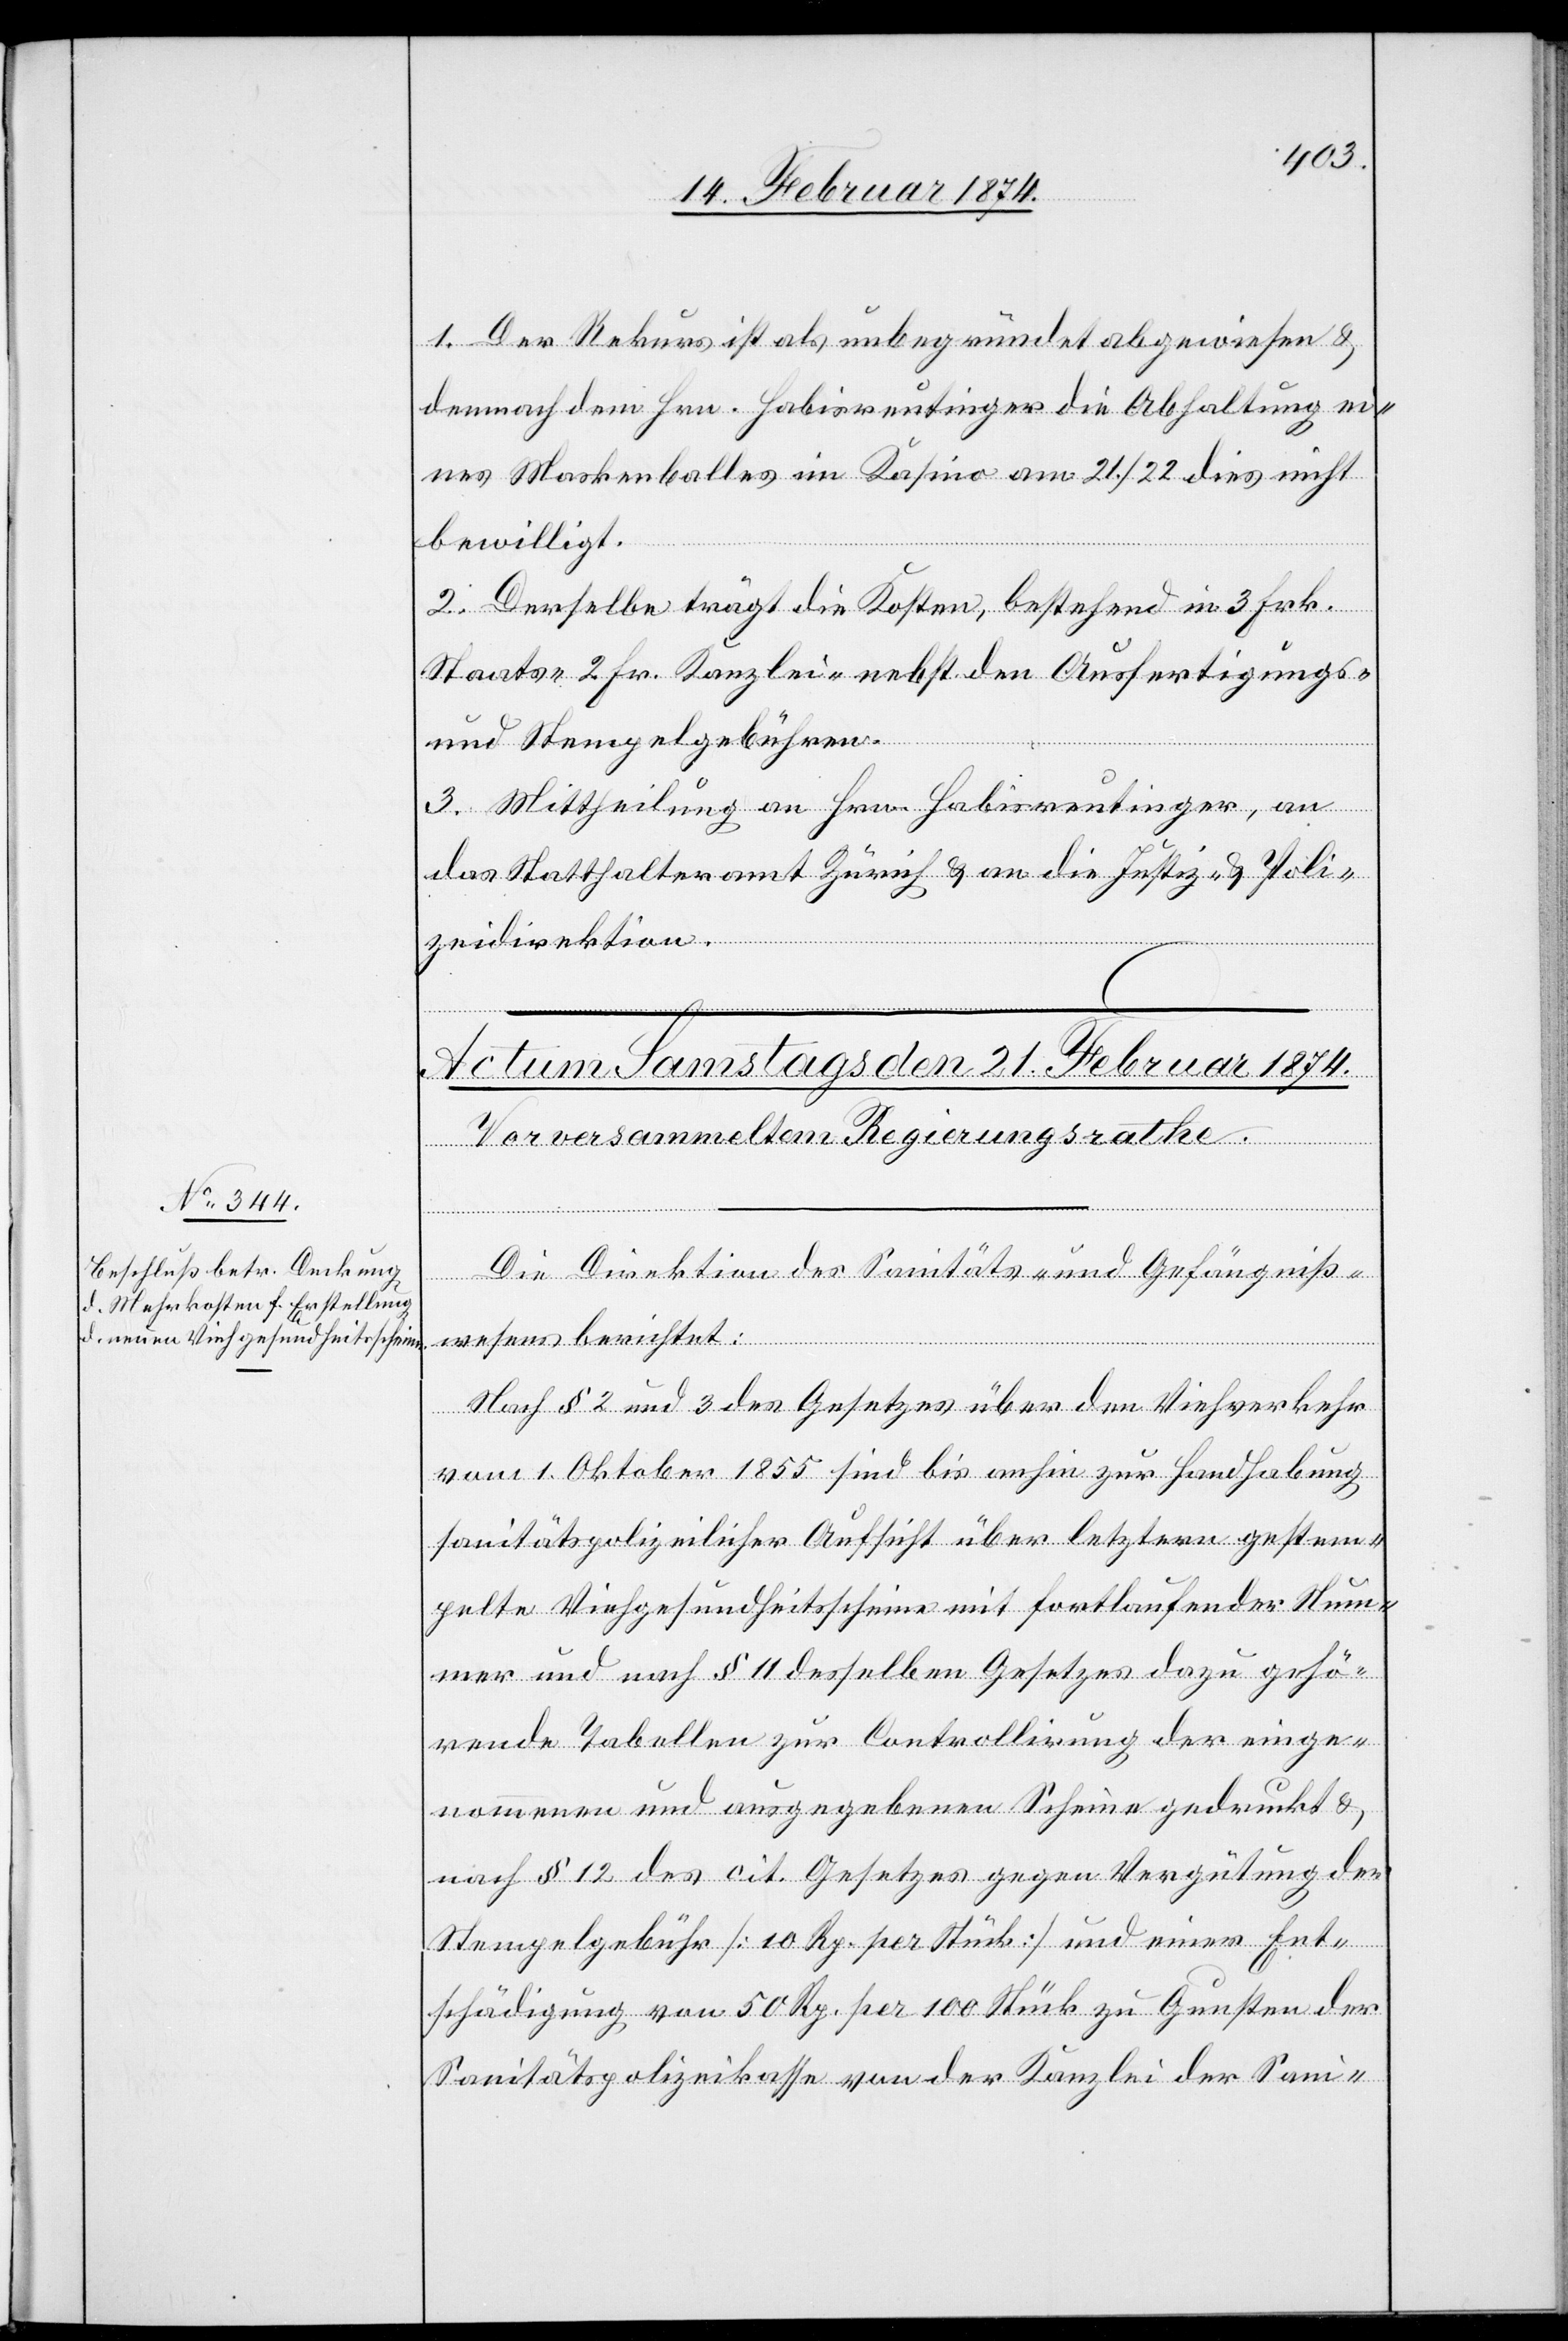
1. Der Rekurs ist als unbegründet abgewiesen u.
demnach dem Hrn. Habisreutinger die Abhaltung ei¬
nes Maskenballes im Kasino am 21./22. dies nicht
bewilligt.
2. Derselbe trägt die Kosten, bestehend in 3 Frk.
Staats-[,] 2 Fr. Kanzlei- nebst den Ausfertigungs-
und Stempelgebühren.
3. Mittheilung an Hrn. Habisreutinger, an
das Statthalteramt Zürich u. an die Justiz- u. Poli¬
zeidirektion.
Die Direktion des Sanitäts- und Gefängniß¬
wesens berichtet:
Nach § 2 und 3 des Gesetzes über den Viehverkehr
vom 1. Oktober 1855 sind bis anhin zur Handhabung
sanitätspolizeilicher Aufsicht über letztere gestem¬
pelte Viehgesundheitsscheine mit fortlaufender Num¬
mer und nach § 11 desselben Gesetzes dazu gehö¬
rende Tabellen zur Controllirung der einge¬
nommenen und ausgegebenen Scheine gedruckt u.
nach § 12 des cit. Gesetzes gegen Vergütung der
Stempelgebühr [10 Rp. per Stück] und einer Ent¬
schädigung von 50 Rp. per 100 Stück zu Gunsten der
Sanitätspolizeikasse von der Kanzlei der Sani-